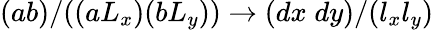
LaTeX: (ab)/((aL_{x})(bL_{y}))\rightarrow(dx\; dy)/(l_{x}l_{y})